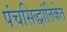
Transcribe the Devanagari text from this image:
पंचसिद्धांतिकेत